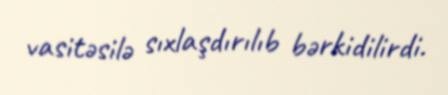
vasitəsilə sıxlaşdırılıb bərkidilirdi.